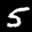
Label: 5